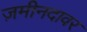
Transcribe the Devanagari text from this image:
ज़मीनदावर